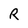
Character: R